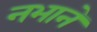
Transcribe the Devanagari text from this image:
नभाने